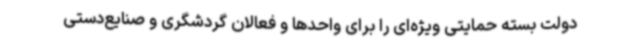
دولت بسته حمایتی ویژه‌ای را برای واحدها و فعالان گردشگری و صنایع‌دستی